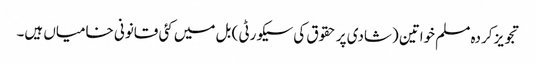
تجویز کردہ مسلم خواتین (شادی پر حقوق کی سیکورٹی ) بل میں کئی قانونی خامیاں ہیں۔